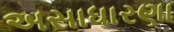
અસાધારણા